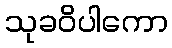
သုခဝိပါကော